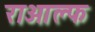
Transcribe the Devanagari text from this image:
राओल्फ